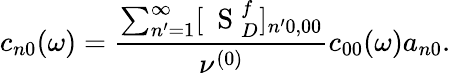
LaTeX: c_{n0}(\omega)=\frac{\sum_{n^{\prime}=1}^{\infty}[\mathrm{~\mathbf~S~}_{D}^{f}]_{n^{\prime}0,00}}{\nu^{(0)}}c_{00}(\omega)a_{n0}.